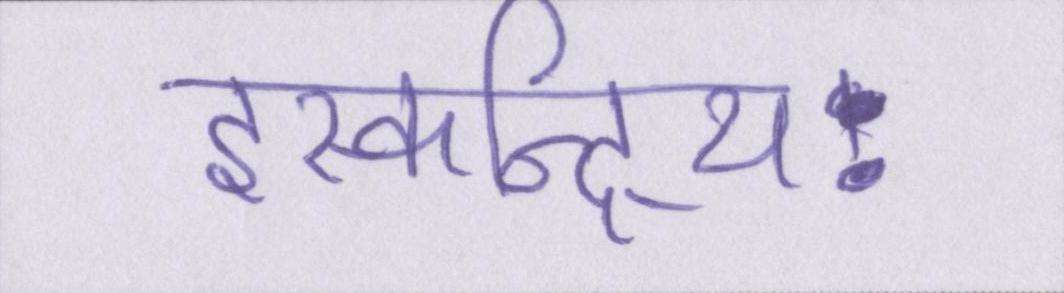
इस्कन्द्रियः